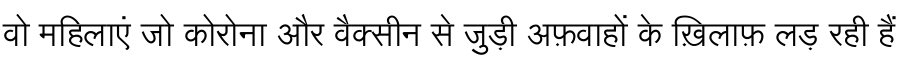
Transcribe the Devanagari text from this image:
वो महिलाएं जो कोरोना और वैक्सीन से जुड़ी अफ़वाहों के ख़िलाफ़ लड़ रही हैं